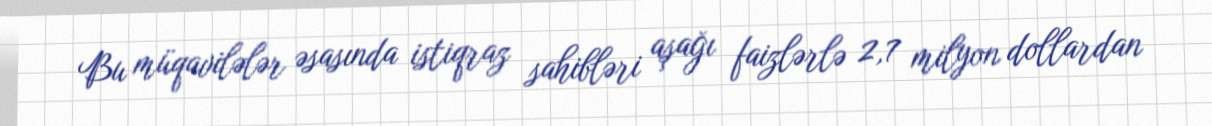
Bu müqavilələr əsasında istiqraz sahibləri aşağı faizlərlə 2,7 milyon dollardan